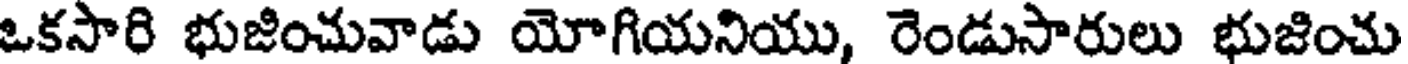
ఒకసారి భుజించువాడు యోగియనియు, రెండుసారులు భుజించు